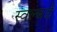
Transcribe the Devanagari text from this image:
स्वल्बर्ड